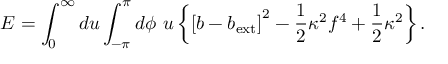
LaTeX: { \cal E } = \int _ { 0 } ^ { \infty } d u \int _ { - \pi } ^ { \pi } d \phi \ u \left\{ \left[ b - b _ { \mathrm { e x t } } \right] ^ { 2 } - \frac { 1 } { 2 } \kappa ^ { 2 } f ^ { 4 } + \frac { 1 } { 2 } \kappa ^ { 2 } \right\} .